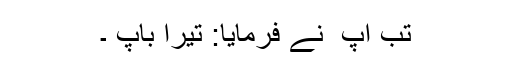
تب آپ ؐ نے فرمایا: تیرا باپ ۔